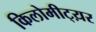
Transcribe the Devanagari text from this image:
किलोमीट्य़र